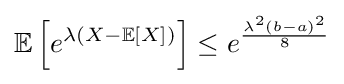
\mathbb {E} \left[e^{\lambda (X-\mathbb {E} [X])}\right]\leq e^{\frac {\lambda ^{2}(b-a)^{2}}{8}}